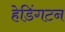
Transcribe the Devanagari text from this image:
हेडिंगटन